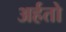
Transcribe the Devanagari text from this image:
अर्हतो